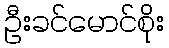
ဦးခင်မောင်စိုး